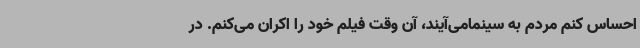
احساس کنم مردم به سینمامی‌آیند، آن وقت فیلم خود را اکران می‌کنم. در